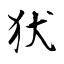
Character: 犾